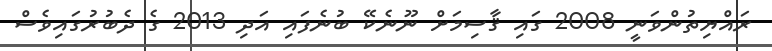
ރައްޔިތުންވަނީ 2008 ގައި ޤާސިމަށް ނޫނެކޭ ބުނެފައި އަދި 2013 ގެ ދެބުރުގައިވެސް